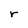
Character: r